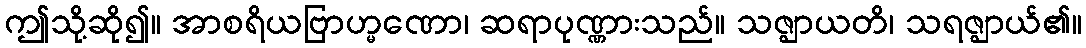
ဤသို့ဆို၍။ အာစရိယဗြာဟ္မဏော၊ ဆရာပုဏ္ဏားသည်။ သဇ္ဈာယတိ၊ သရဇ္ဈာယ်၏။